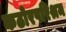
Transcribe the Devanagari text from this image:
कठोरपरिश्रम